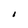
Character: I